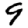
Digit: 9